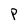
Character: P